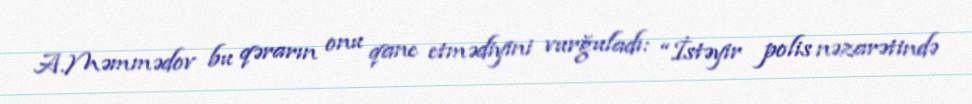
A.Məmmədov bu qərarın onu qane etmədiyini vurğuladı: “İstəyir polis nəzarətində